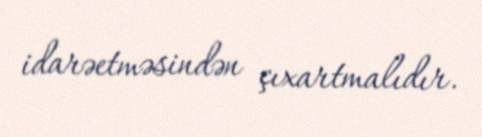
idarəetməsindən çıxartmalıdır.